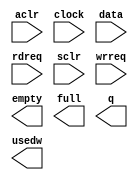
module svm_vut_scfifo_1649x128 (
	aclr,
	clock,
	data,
	rdreq,
	sclr,
	wrreq,
	empty,
	full,
	q,
	usedw);

	input	  aclr;
	input	  clock;
	input	[1648:0]  data;
	input	  rdreq;
	input	  sclr;
	input	  wrreq;
	output	  empty;
	output	  full;
	output	[1648:0]  q;
	output	[7:0]  usedw;

endmodule